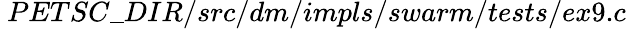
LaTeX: \ PETSC\_ DIR/src/dm/impls/swarm/tests/ex9.c